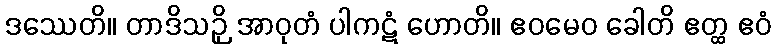
ဒဿေတိ။ တာဒိသဉှိ အာဝုတံ ပါကဋံ ဟောတိ။ ဧဝမေဝ ခေါတိ ဧတ္ထ ဧဝံ